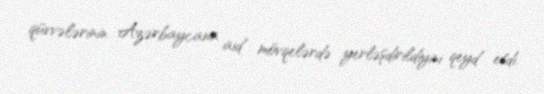
qüvvələrinin Azərbaycana aid mövqelərdə yerləşdirildiyini qeyd etdi.